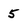
Character: 5